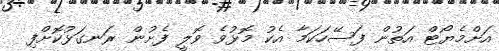
އަށްމެޔޯޓް އަތުން ފަސޭހަކަމާ އެކު މޮޅުވެ ވޮލީ ފެށުން ރަނގަޅުކޮށްފި